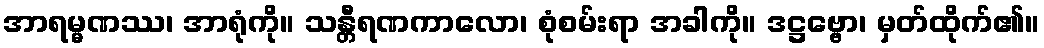
အာရမ္မဏဿ၊ အာရုံကို။ သန္တီရဏကာလော၊ စုံစမ်းရာ အခါကို။ ဒဋ္ဌဗ္ဗော၊ မှတ်ထိုက်၏။